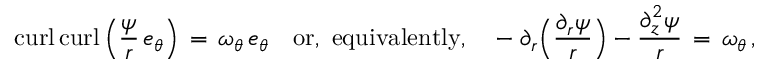
\mathop { \mathrm { c u r l } } \mathop { \mathrm { c u r l } } \left( \frac { \psi } { r } \, e _ { \theta } \right) \, = \, \omega _ { \theta } \, e _ { \theta } \quad \mathrm { o r , ~ e q u i v a l e n t l y , } \quad - \partial _ { r } \Bigl ( \frac { \partial _ { r } \psi } { r } \Bigr ) - \frac { \partial _ { z } ^ { 2 } \psi } { r } \, = \, \omega _ { \theta } \, ,